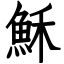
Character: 穌